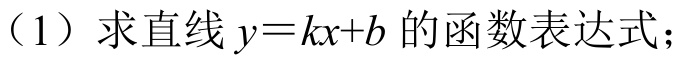
（1）求直线\(y = kx + b\)的函数表达式；